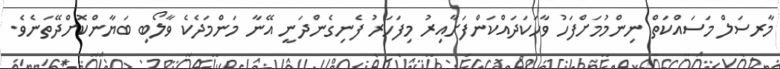
މާރސަލް މަސައްކަތް ނިންމުމަށްފަހު ވާހަކަދައްކަންފަށާއިރު މިފަހަރު ފެނިގެންދަނީ އޭނާ މަންމަދެކެ ވާލޯބި ބަޔާންކޮށްދޭތަނެވެ.